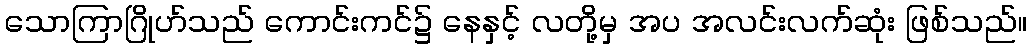
သောကြာဂြိုဟ်သည် ကောင်းကင်၌ နေနှင့် လတို့မှ အပ အလင်းလက်ဆုံး ဖြစ်သည်။